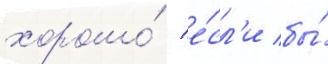
хорошо́ / е́сл'и бы́